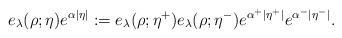
LaTeX: \begin{align*} e_{\lambda}(\rho;\eta)e^{\alpha|\eta|} := e_{\lambda}(\rho;\eta^+)e_{\lambda}(\rho;\eta^-)e^{\alpha^+|\eta^+|}e^{\alpha^-|\eta^-|}.\end{align*}